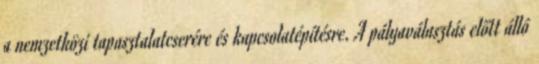
a nemzetközi tapasztalatcserére és kapcsolatépítésre. A pályaválasztás előtt álló